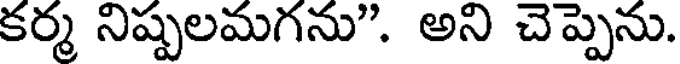
కర్మ నిష్పలమగను". అని చెప్పెను.